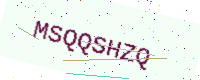
Text: MSQQSHZQ